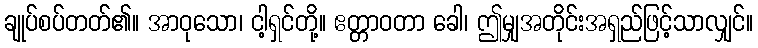
ချုပ်စပ်တတ်၏။ အာဝုသော၊ ငါ့ရှင်တို့။ ဧတ္တာဝတာ ခေါ၊ ဤမျှအတိုင်းအရှည်ဖြင့်သာလျှင်။